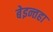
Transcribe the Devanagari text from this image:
बेइन्तहा